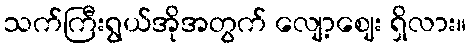
သက်ကြီးရွယ်အိုအတွက် လျော့ဈေး ရှိလား။